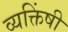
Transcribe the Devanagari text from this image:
व्यक्तिंषी